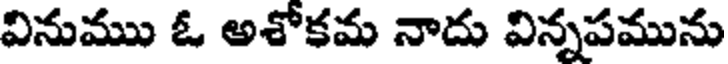
వినుము ఓ అశోకమ నాదు విన్నపమును